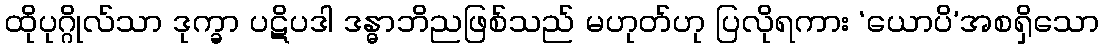
ထိုပုဂ္ဂိုလ်သာ ဒုက္ခာ ပဋိပဒါ ဒန္ဓာဘိညဖြစ်သည် မဟုတ်ဟု ပြလိုရကား ‘ယောပိ’အစရှိသော